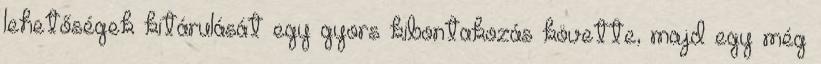
lehetőségek kitárulását egy gyors kibontakozás követte, majd egy még